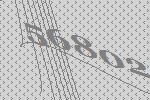
56802